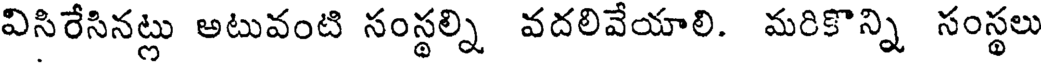
విసిరేసినట్లు అటువంటి సంస్థల్ని వదలివేయాలి. మరికొన్ని సంస్థలు